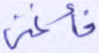
فأغنى